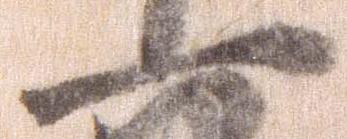
一